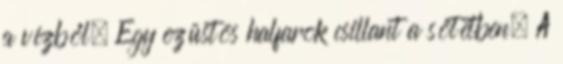
a vízből. Egy ezüstös halfarok csillant a sötétben. A